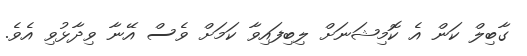
ގާބިލް ކަން އެ ކޮމިޝަނަށް ލިބިފައިވާ ކަމަށް ވެސް އޭނާ ވިދާޅުވި އެވެ.